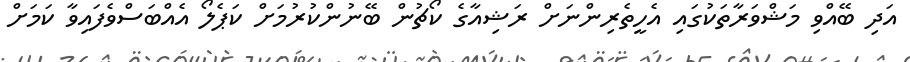
އަދި ބޭއްވި މަޝްވަރާތަކުގައި އެހީތެރިންނަށް ރަޝިއާގެ ކޯޗުން ބޭނުންކުރުމަށް ކަޕެލޯ އެއްބަސްވެފައިވާ ކަމަށް